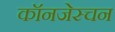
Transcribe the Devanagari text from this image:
कॉनजेस्चन